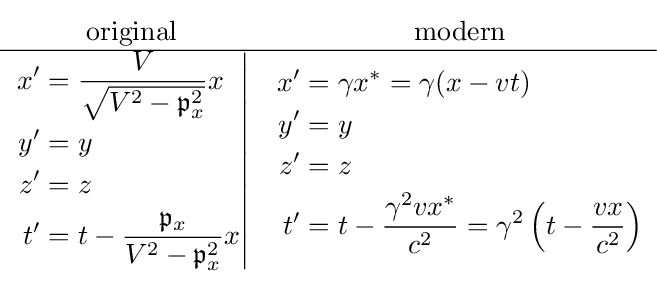
{\begin{matrix}{\text{original}}&{\text{modern}}\\\hline \left.{\begin{aligned}x^{\prime }&={\frac {V}{\sqrt {V^{2}-{\mathfrak {p}}_{x}^{2}}}}x\\y^{\prime }&=y\\z^{\prime }&=z\\t^{\prime }&=t-{\frac {{\mathfrak {p}}_{x}}{V^{2}-{\mathfrak {p}}_{x}^{2}}}x\end{aligned}}\right|&{\begin{aligned}x^{\prime }&=\gamma x^{\ast }=\gamma (x-vt)\\y^{\prime }&=y\\z^{\prime }&=z\\t^{\prime }&=t-{\frac {\gamma ^{2}vx^{\ast }}{c^{2}}}=\gamma ^{2}\left(t-{\frac {vx}{c^{2}}}\right)\end{aligned}}\end{matrix}}